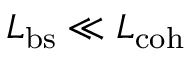
L _ { \mathrm { b s } } \ll L _ { \mathrm { c o h } }